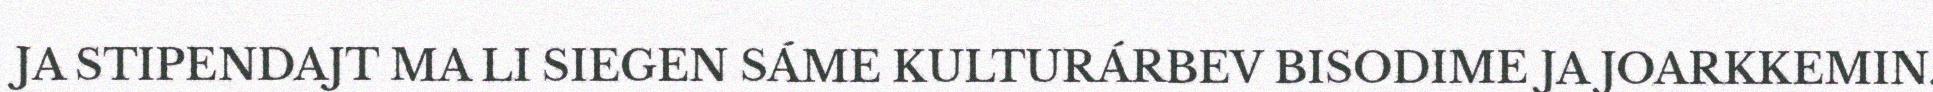
JA STIPENDAJT MA LI SIEGEN SÁME KULTURÁRBEV BISODIME JA JOARKKEMIN.